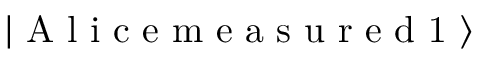
\left| \textrm { A l i c e m e a s u r e d 1 } \right\rangle